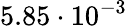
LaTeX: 5.85\cdot 10^{-3}